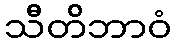
သီတိဘာဝံ